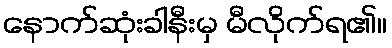
နောက်ဆုံးခါနီးမှ မီလိုက်ရ၏။